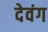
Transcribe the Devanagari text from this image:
देवंग